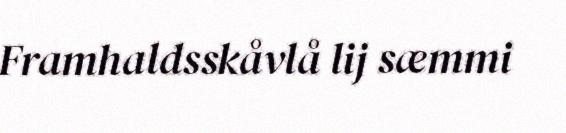
Framhaldsskåvlå lij sæmmi